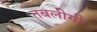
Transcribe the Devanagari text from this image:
तबलीगी